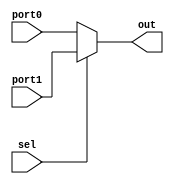
module mux21_32(port0, port1, sel, out);
	input wire [31:0] port0, port1;
	input wire sel;
	output reg [31:0] out;

	always @(port0 or port1 or sel)
	begin

	if(sel) 
		out = port1;
	else
		out = port0;
	end
endmodule